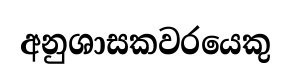
අනුශාසකවරයෙකු